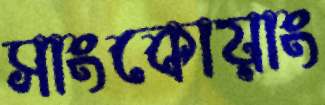
সাংকোয়াং